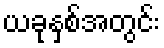
ယခုနှစ်အတွင်း